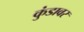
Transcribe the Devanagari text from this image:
कुंडावर